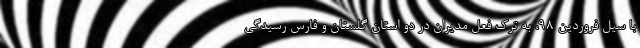
با سیل فروردین 98، به ترک فعل مدیران در دو استان گلستان و فارس رسیدگی